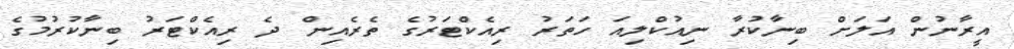
އީރާނުން އަލަށް ބިނާކުރާ ނިއުކްލިއަ ހަތަރު ރިއެކްޓަރުގެ ތެރެއިން ދެ ރިއެކްޓަރު ބިނާކުރުމުގެ